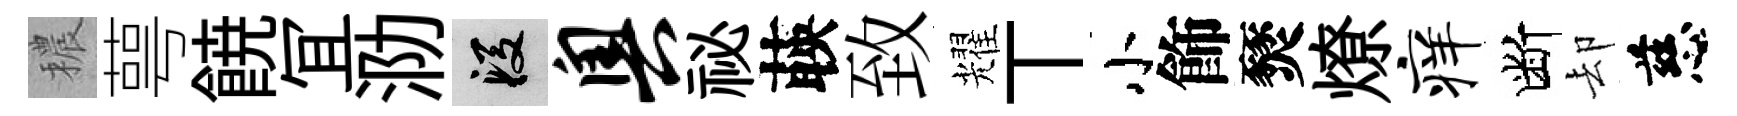
穠萼𩜙冝泐段奥祕𦴤致耀丅小飾燹燎痒断却慈